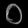
Digit: ၀